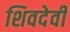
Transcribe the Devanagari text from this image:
शिवदेवी